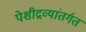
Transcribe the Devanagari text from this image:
पेशीद्रव्यांतर्गत